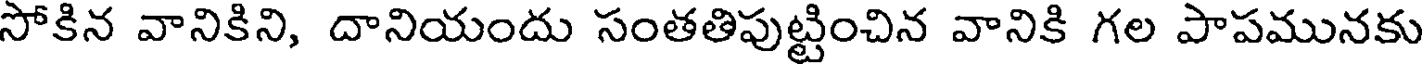
సోకిన వానికిని, దానియందు సంతతిపుట్టించిన వానికి గల పాపమునకు